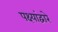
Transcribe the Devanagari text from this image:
पक्ष्यांद्वारे